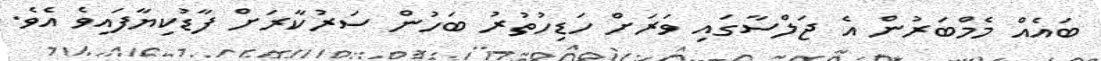
ބައެއް މެމްބަރުން އެ ޖަލްސާގައި ވަރަށް ހަޑިހުތުރު ބަހުން ސަރުކާރަށް ފާޑުކިޔާފައިވެ އެވެ.